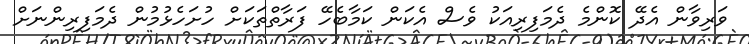
ވަރިވާން އެދޭ ކޮންމެ ދެމަފިރިއަކު ވެސް އެކަން ކަމާބެހޭ ފަރާތްތަކަށް ހުށަހެޅުމުން ދެމަފިރިންނަށް